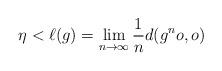
LaTeX: \begin{align*} \eta < \ell (g) = \lim_{n\rightarrow \infty} \frac{1}{n}d(g^no,o) \end{align*}